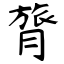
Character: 膂